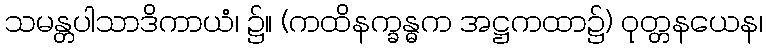
သမန္တပါသာဒိကာယံ၊ ၌။ (ကထိနက္ခန္ဓက အဋ္ဌကထာ၌) ဝုတ္တနယေန၊